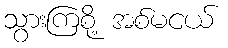
သွားကြစို့ အစ်မငယ်